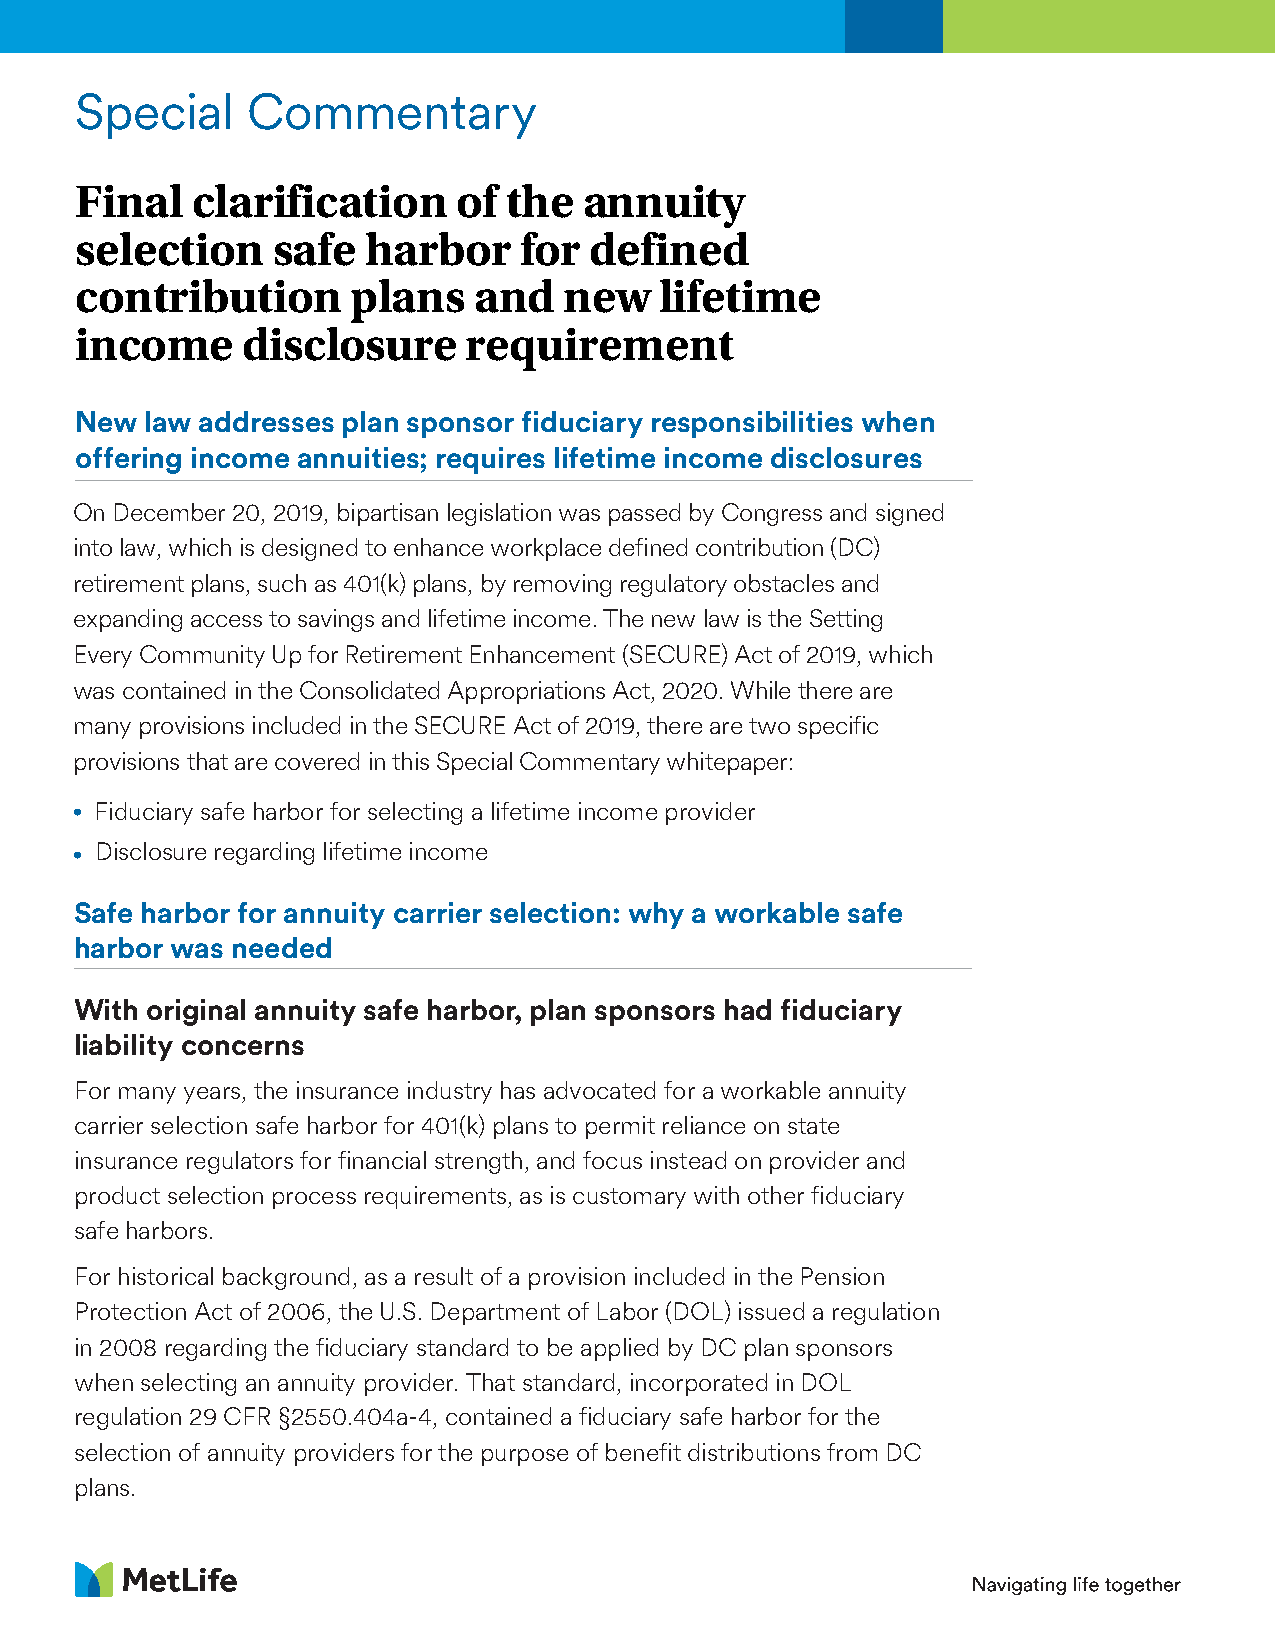
Special    Commentary
 Final   clarification    of the   annuity
 selection    safe  harbor    for  defined
 contribution      plans   and   new    lifetime
 income     disclosure     requirement
 New  law addresses plan sponsor fiduciary responsibilities when
 offering income annuities; requires lifetime income disclosures
 On December 20, 2019, bipartisan legislation was passed by Congress and signed
 into law, which is designed to enhance workplace defined contribution (DC)
 retirement plans, such as 401(k) plans, by removing regulatory obstacles and
 expanding access to savings and lifetime income. The new law is the Setting
 Every Community Up for Retirement Enhancement (SECURE) Act of 2019, which
 was contained in the Consolidated Appropriations Act, 2020. While there are
 many provisions included in the SECURE Act of 2019, there are two specific
 provisions that are covered in this Special Commentary whitepaper:
 • Fiduciary safe harbor for selecting a lifetime income provider
 • Disclosure regarding lifetime income
 Safe harbor for annuity carrier selection: why a workable safe
 harbor was needed
 With original annuity safe harbor, plan sponsors had fiduciary
 liability concerns
 For many years, the insurance industry has advocated for a workable annuity
 carrier selection safe harbor for 401(k) plans to permit reliance on state
 insurance regulators for financial strength, and focus instead on provider and
 product selection process requirements, as is customary with other fiduciary
 safe harbors.
 For historical background, as a result of a provision included in the Pension
 Protection Act of 2006, the U.S. Department of Labor (DOL) issued a regulation
 in 2008 regarding the fiduciary standard to be applied by DC plan sponsors
 when selecting an annuity provider. That standard, incorporated in DOL
 regulation 29 CFR §2550.404a-4, contained a fiduciary safe harbor for the
 selection of annuity providers for the purpose of benefit distributions from DC
 plans.